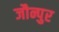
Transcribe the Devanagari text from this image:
जौन्पुर